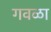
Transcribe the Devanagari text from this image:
गवळा